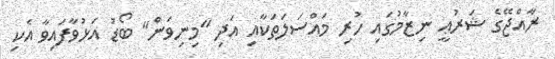
ރާއްޖޭގެ ޝަރުޢީ ނިޒާމުގައި ހުރި މައްސަލަތަކާއި އަދި "މިނިވަން" ބޯޑު އަޅުވާފައިވާ އެކި